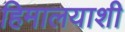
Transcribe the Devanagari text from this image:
हिमालयाशी